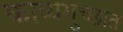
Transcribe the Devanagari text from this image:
काव्यगुच्छात